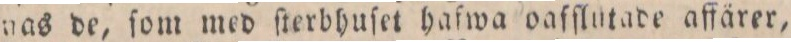
nas de, ſom med ſterbhuſet hafwa oafflutade affärer,